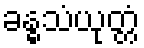
ခန္ဓသံယုတ္တံ